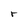
Character: r